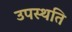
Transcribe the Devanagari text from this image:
उपस्थति